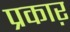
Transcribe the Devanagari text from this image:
प्रकाऱ